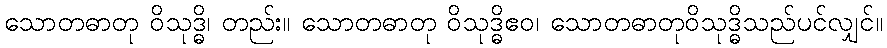
သောတဓာတု ဝိသုဒ္ဓိ၊ တည်း။ သောတဓာတု ဝိသုဒ္ဓိဧဝ၊ သောတဓာတုဝိသုဒ္ဓိသည်ပင်လျှင်။